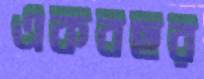
একবছর